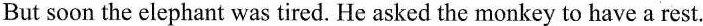
But soon the elephant was tired. He asked the monkey to have a rest.